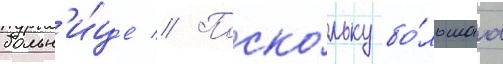
больн'и́це // Поско́льку бо́льшаа